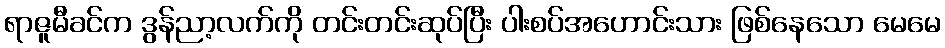
ရာဇူမီခင်က ဒွန်ညာ့လက်ကို တင်းတင်းဆုပ်ပြီး ပါးစပ်အဟောင်းသား ဖြစ်နေသော မေမေ